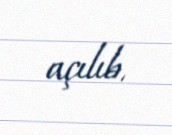
açılıb.